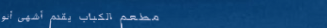
مطعم الكباب يقدم أشهى أنو